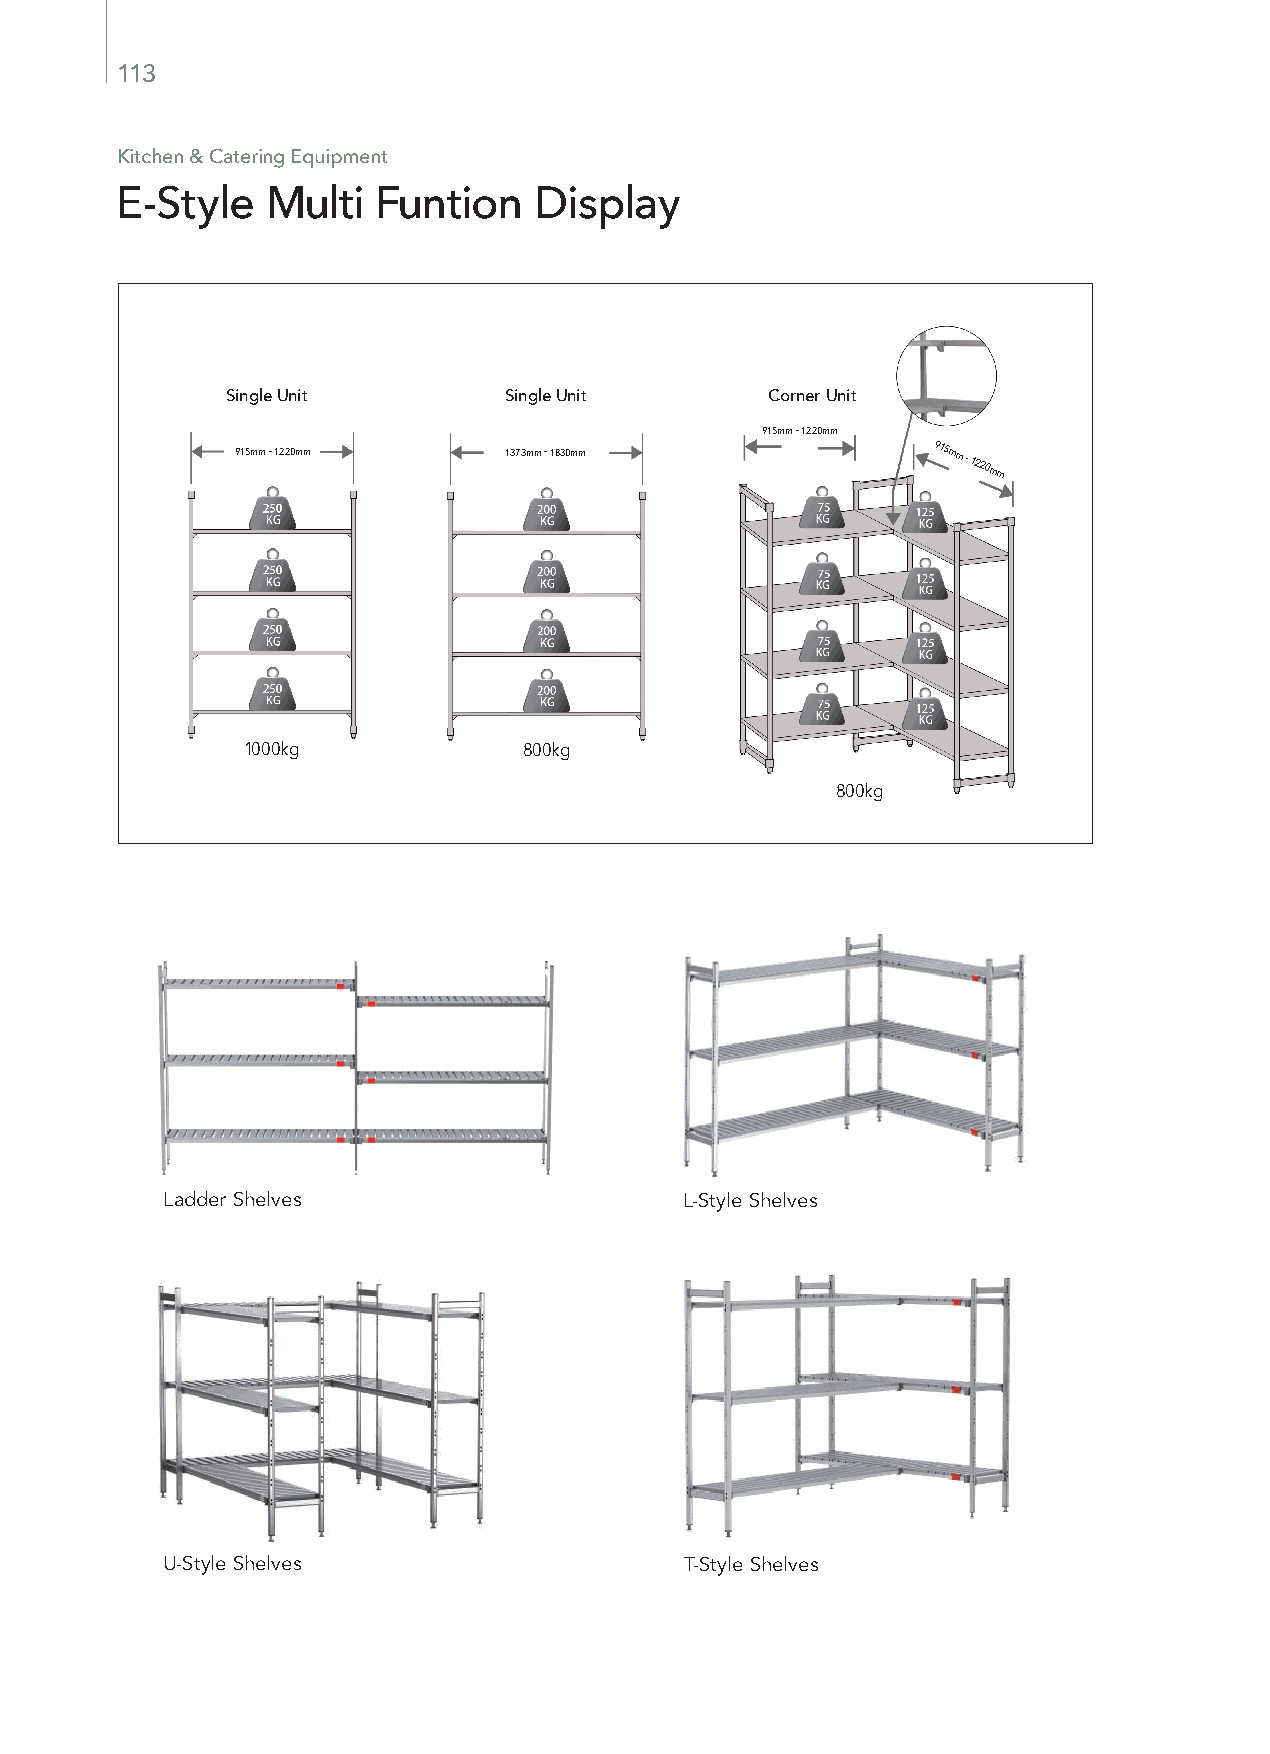
113
 Kitchen & Catering Equipment
 E-Style   Multi  Funtion   Display
 Single Unit       Single Unit       Corner Unit
 915mm - 1220mm
 915mm - 1220mm   1373mm - 1830mm              915mm - 1220mm
 1000kg             800kg
 800kg
 Ladder Shelves                    L-Style Shelves
 U-Style Shelves                   T-Style Shelves